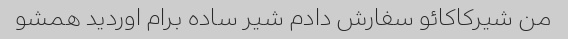
من شیرکاکائو سفارش دادم شیر ساده برام اوردید همشو